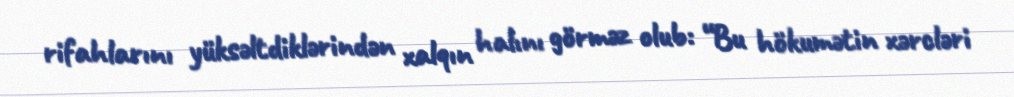
rifahlarını yüksəltdiklərindən xalqın halını görməz olub: “Bu hökumətin xərcləri